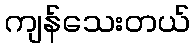
ကျန်သေးတယ်